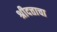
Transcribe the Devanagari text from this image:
श्रीदत्ताचा